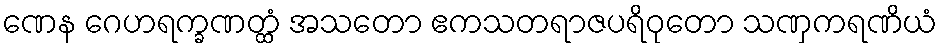
ဏေန ဂေဟရက္ခဏတ္ထံ အသတော ဧကသတရာဇပရိဝုတော သဏှကရဏိယံ